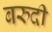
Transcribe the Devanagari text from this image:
बरुदी